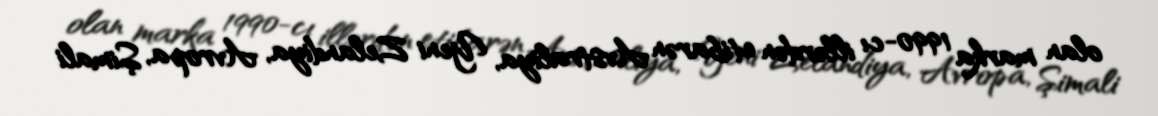
olan marka 1990-cı illərdən etibarən Avstraliya, Yeni Zelandiya, Avropa, Şimali